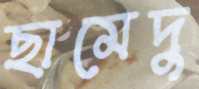
ছামেদু